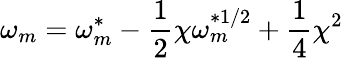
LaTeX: \omega_{m}=\omega_{m}^{*}-\frac{1}{2}\chi\omega_{m}^{*1/2}+\frac{1}{4}\chi^{2}